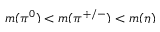
\smash { m ( \pi ^ { 0 } ) < m ( \pi ^ { + / - } ) < m ( \eta ) }